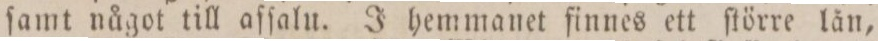
ſamt något till afſalu. J hemmanet finnes ett ſtörre lån,